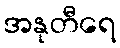
အနုတီရေ